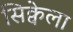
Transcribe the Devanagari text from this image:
सिक्वेला